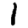
Digit: 1